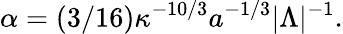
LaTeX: \alpha=(3/16)\kappa^{-10/3}a^{-1/3}|\Lambda|^{-1}.